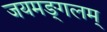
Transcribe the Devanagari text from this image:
जयमङ्गलम्‌